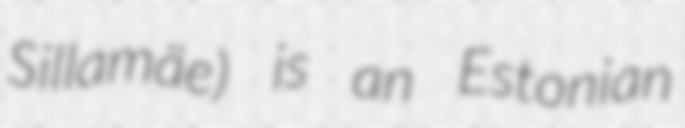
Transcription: Sillamäe) is an Estonian